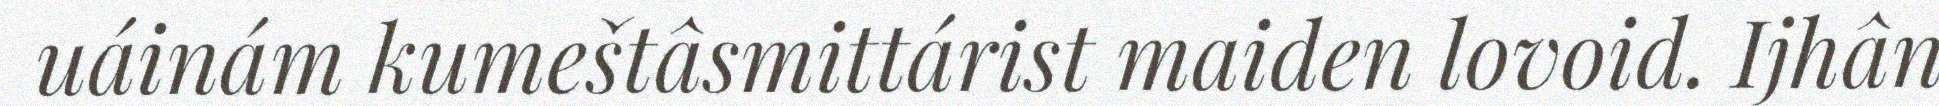
uáinám kumeštâsmittárist maiden lovoid. Ijhân